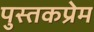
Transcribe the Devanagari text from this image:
पुस्तकप्रेम